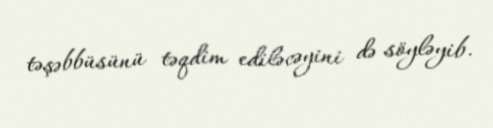
təşəbbüsünü təqdim ediləcəyini də söyləyib.